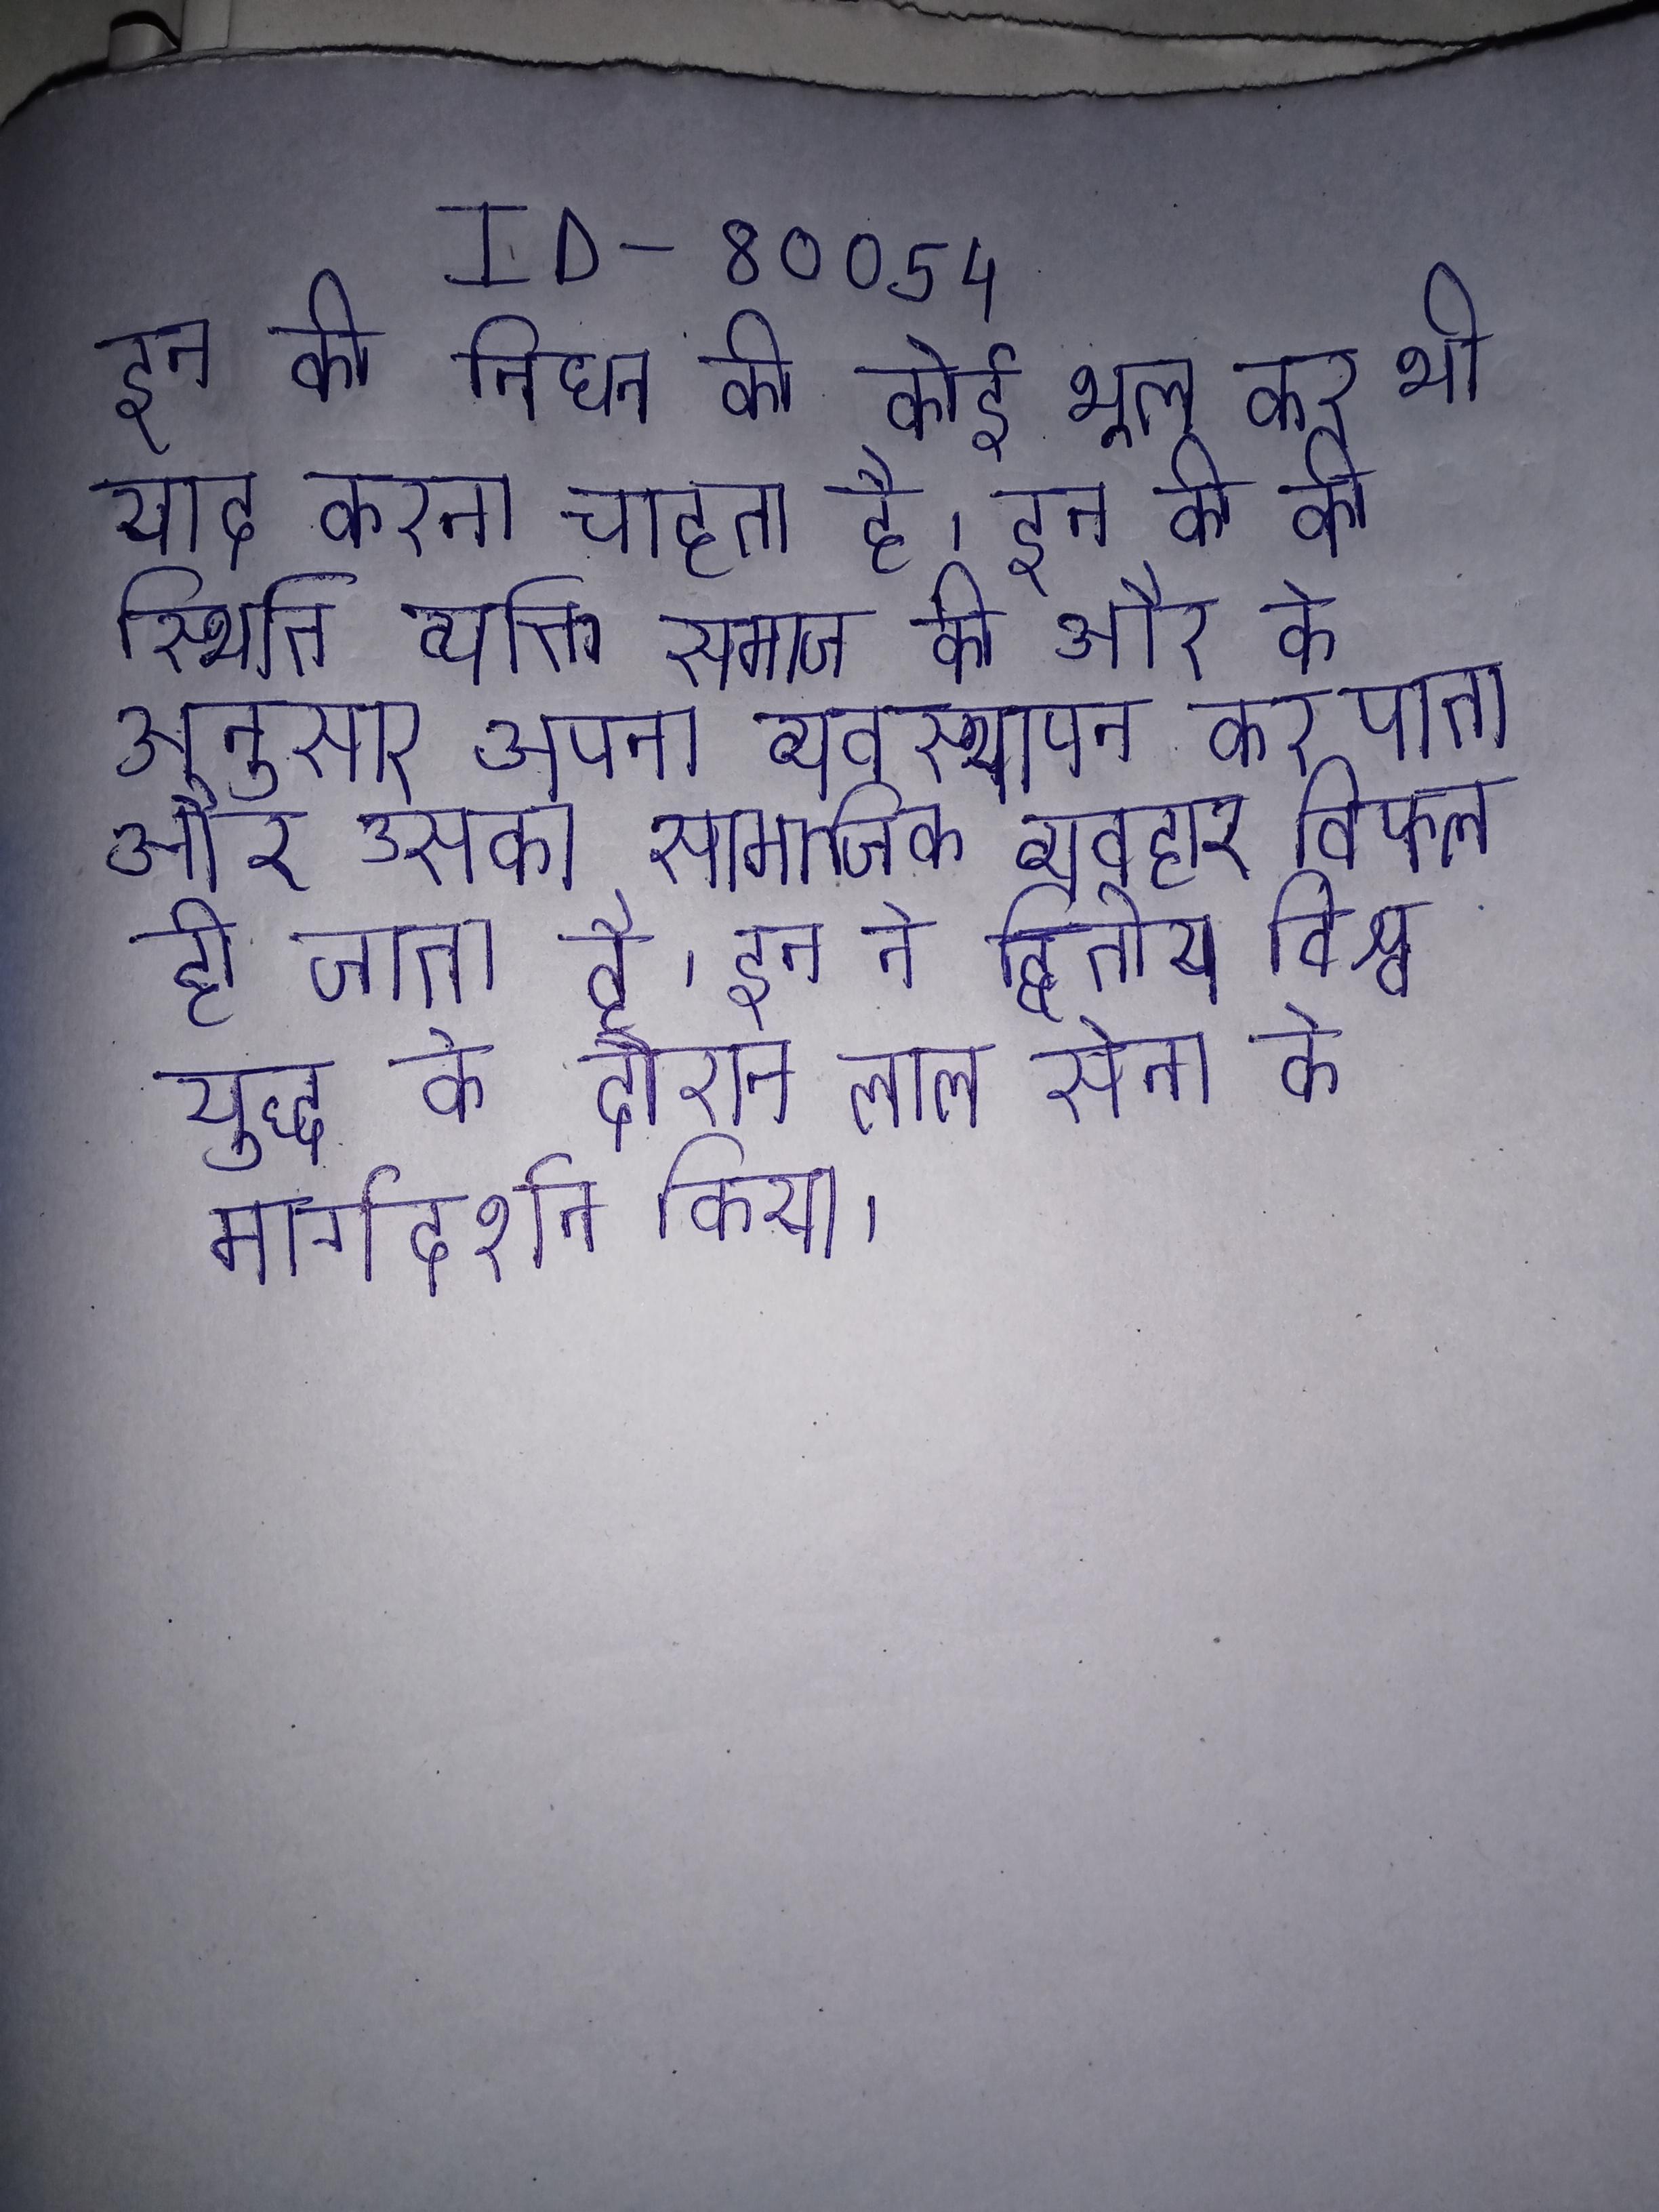
इन की निधन को कोई भूल कर भी याद करना चाहता है । इन की की स्थिति व्यक्ति समाज की और के अनुसार अपना व्यवस्थापन कर पाता और उसका सामाजिक व्यवहार विफल हो जाता है । इन ने द्वितीय विश्व युद्ध के दौरान लाल सेना के मार्गदर्शन किया ।